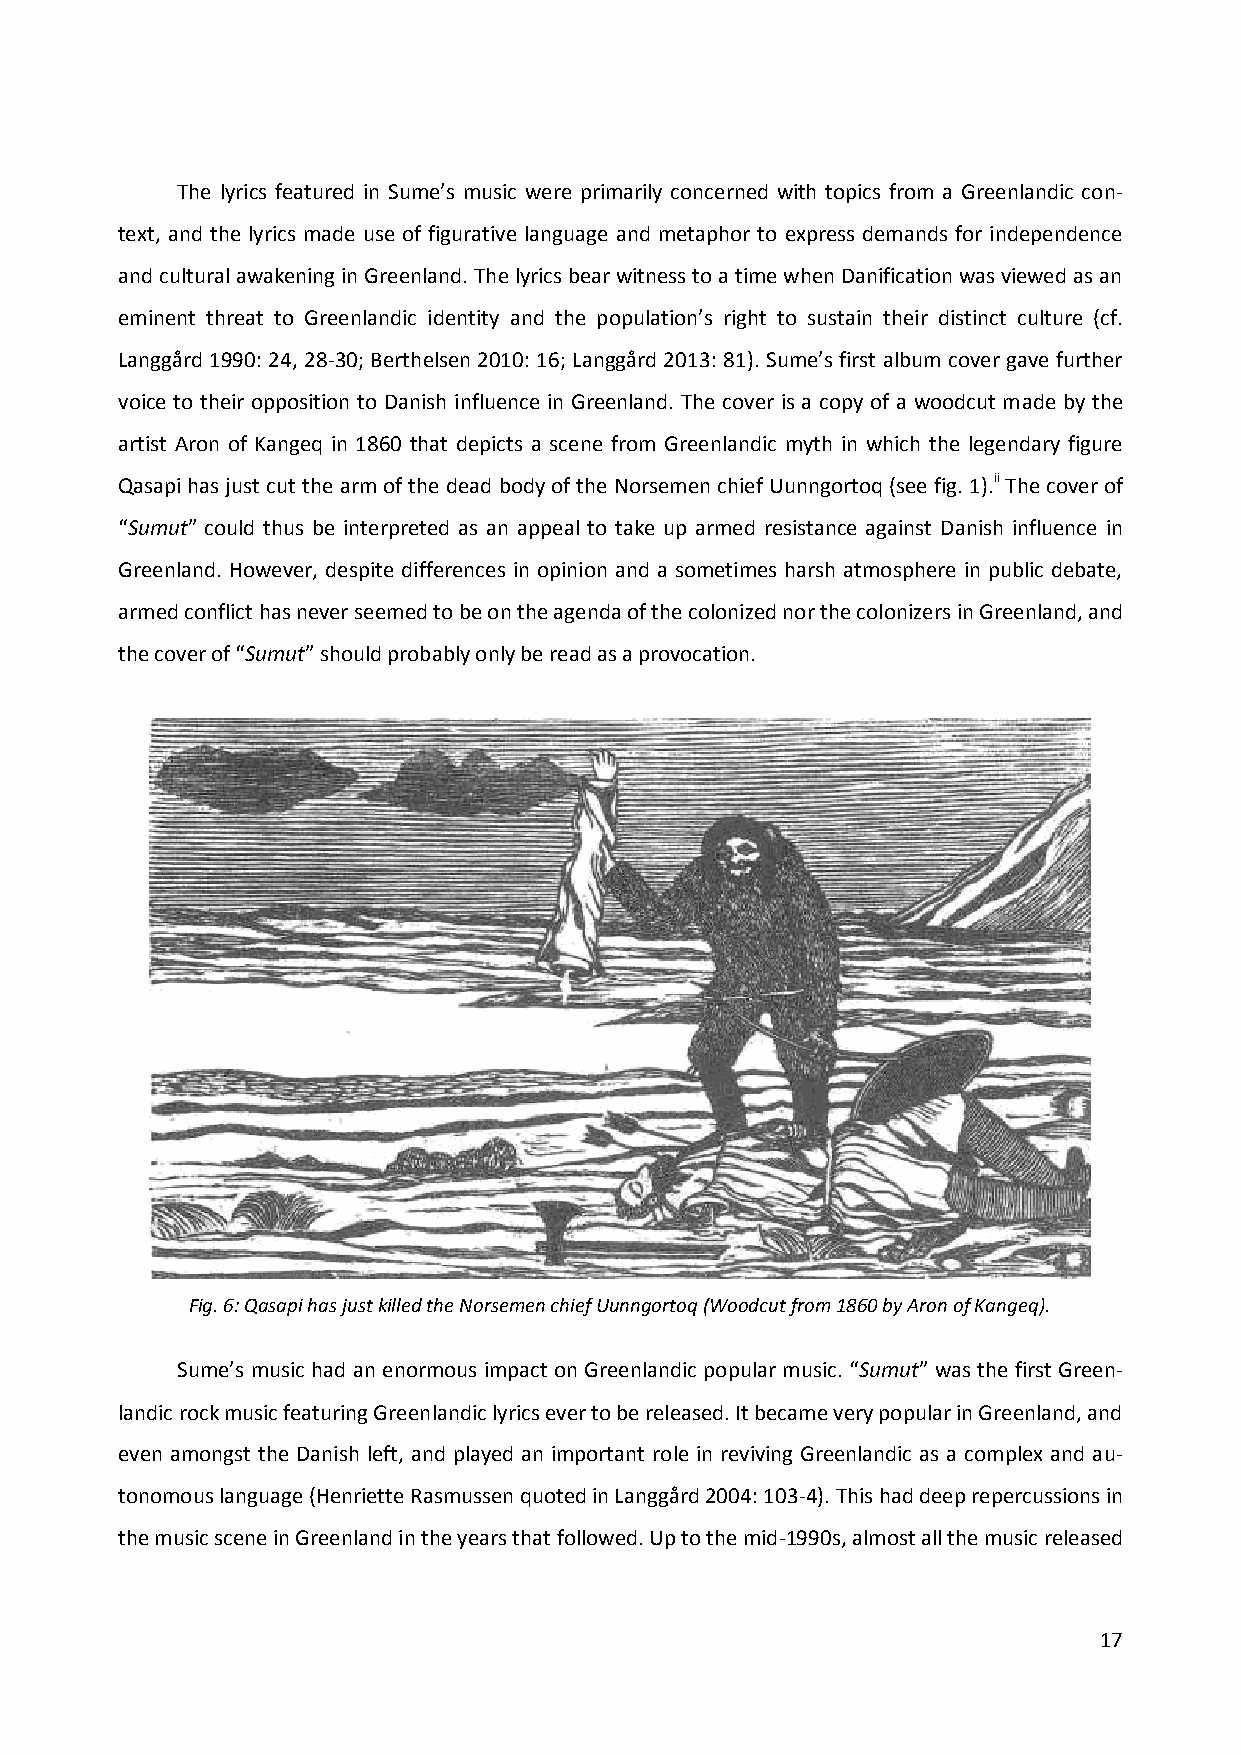
The lyrics featured in Sume’s music were primarily concerned with topics from a Greenlandic con-
 text, and the lyrics made use of figurative language and metaphor to express demands for independence
 and cultural awakening in Greenland. The lyrics bear witness to a time when Danification was viewed as an
 eminent threat to Greenlandic identity and the population’s right to sustain their distinct culture (cf.
 Langgård 1990: 24, 28-30; Berthelsen 2010: 16; Langgård 2013: 81). Sume’s first album cover gave further
 voice to their opposition to Danish influence in Greenland. The cover is a copy of a woodcut made by the
 artist Aron of Kangeq in 1860 that depicts a scene from Greenlandic myth in which the legendary figure
 Qasapi has just cut the arm of the dead body of the Norsemen chief Uunngortoq (see fig. 1).ii The cover of
 “Sumut” could thus be interpreted as an appeal to take up armed resistance against Danish influence in
 Greenland. However, despite differences in opinion and a sometimes harsh atmosphere in public debate,
 armed conflict has never seemed to be on the agenda of the colonized nor the colonizers in Greenland, and
 the cover of “Sumut” should probably only be read as a provocation.
 Fig. 6: Qasapi has just killed the Norsemen chief Uunngortoq (Woodcut from 1860 by Aron of Kangeq).
 Sume’s music had an enormous impact on Greenlandic popular music. “Sumut” was the first Green-
 landic rock music featuring Greenlandic lyrics ever to be released. It became very popular in Greenland, and
 even amongst the Danish left, and played an important role in reviving Greenlandic as a complex and au-
 tonomous language (Henriette Rasmussen quoted in Langgård 2004: 103-4). This had deep repercussions in
 the music scene in Greenland in the years that followed. Up to the mid-1990s, almost all the music released
 17